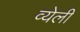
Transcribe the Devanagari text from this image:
व्येली